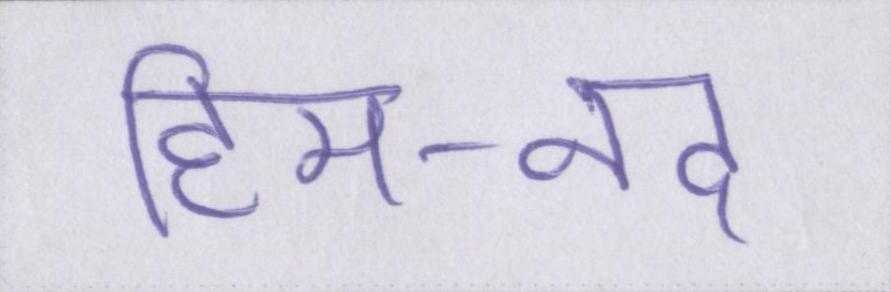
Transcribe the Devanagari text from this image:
हिम-नद